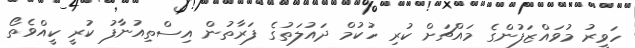
ހަވީރު މުވައްޒަފުންގެ މައްޗަށް ކުރި ހުކުމް ދައުލަތުގެ ފަރާތުން އިސްތިއުނާފު ކުރީ ކީއްވެތޯ